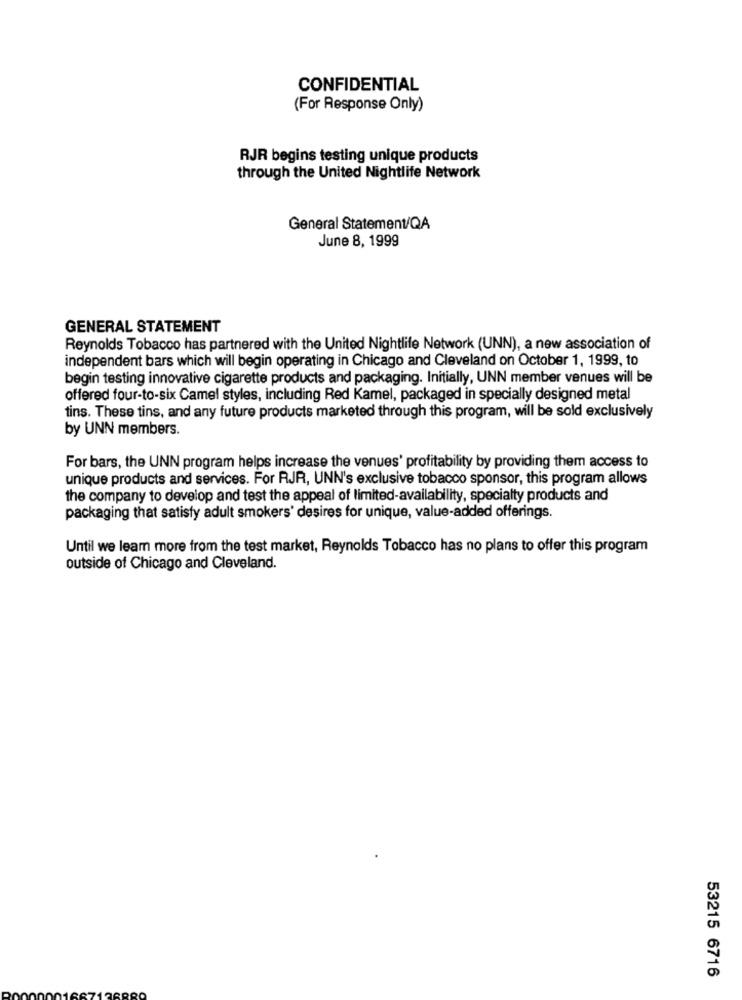
CONFIDENTIAL
(For Response Only)
RJR begins testing unique products
through the United Nightlife Network
General Statement/QA
June 8, 1999
GENERAL STATEMENT
Reynolds Tobacco has partnered with the United Nightlife Network (UNN), a new association of
independent bars which will begin operating in Chicago and Cleveland on October 1, 1999, to
begin testing innovative cigarette products and packaging. Initially, UNN member venues will be
offered four-to-six Camel styles, including Red Kamel, packaged in specially designed metal
tins. These tins, and any future products marketed through this program, will be sold exclusively
by UNN members.
For bars, the UNN program helps increase the venues' profitability by providing them access to
unique products and services. For RJR, UNN's exclusive tobacco sponsor, this program allows
the company to develop and test the appeal of limited-availability, specialty products and
packaging that satisfy adult smokers' desires for unique, value-added offerings.
Until we leam more from the test market, Reynolds Tobacco has no plans to offer this program
outside of Chicago and Cleveland.
53215 6716